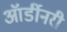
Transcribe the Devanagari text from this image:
ऑर्डीनरी